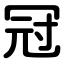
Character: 冠